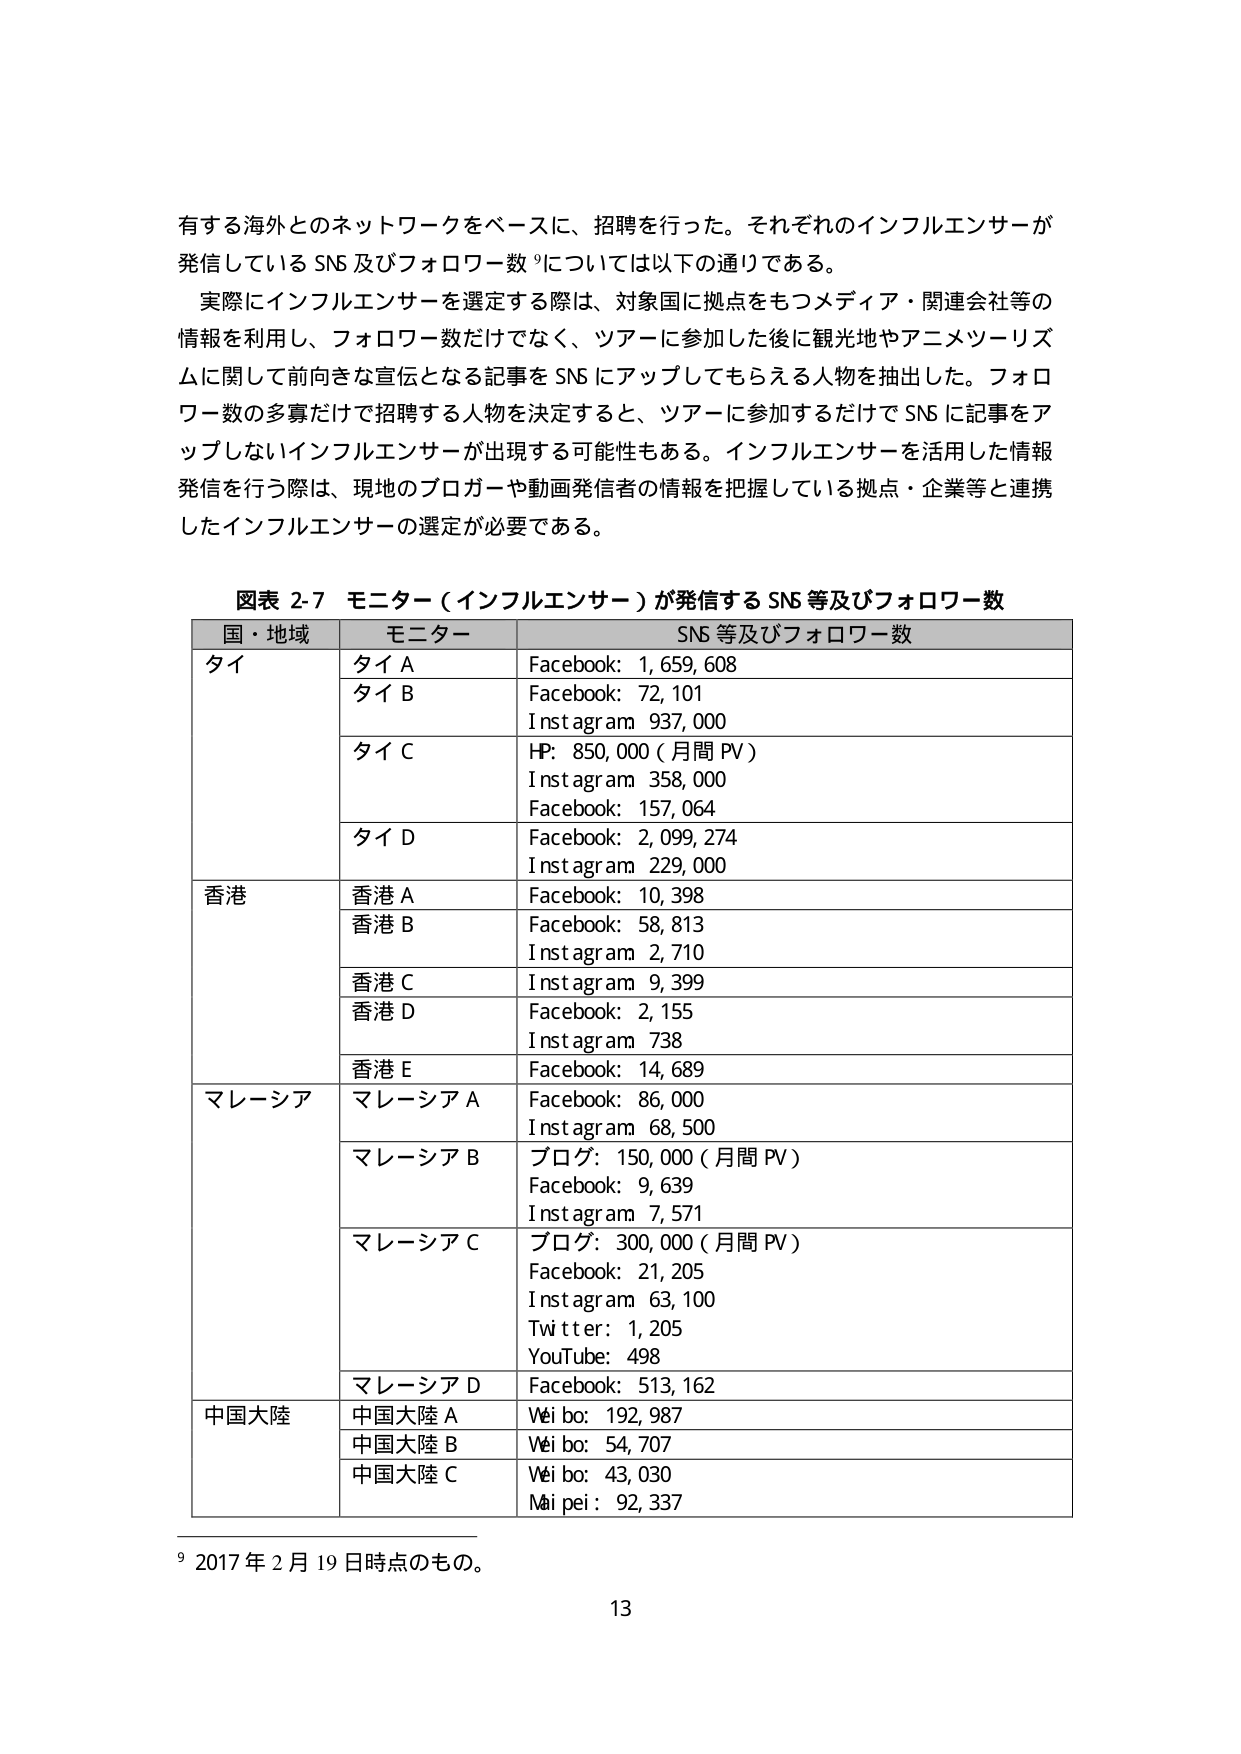
有する海外とのネットワークをベースに、招聘を行った。それぞれのインフルエンサーが発信しているSNS及びフォロワー数⁹については以下の通りである。

実際にインフルエンサーを選定する際は、対象国に拠点をもつメディア・関連会社等の情報を活用し、フォロワー数だけでなく、ツアーに参加した後に観光地やアニメツーリズムに関して前向きな宣伝となる記事をSNSにアップしてもらえる人物を抽出した。フォロワー数の多寡だけで招聘する人物を決定すると、ツアーに参加するだけでSNSに記事をアップしないインフルエンサーが出現する可能性もある。インフルエンサーを活用した情報発信を行う際は、現地のブロガーや動画発信者の情報を把握している拠点・企業等と連携したインフルエンサーの選定が必要である。

図表 2-7 モニター（インフルエンサー）が発信するSNS等及びフォロワー数

国・地域　　モニター　　　　　SNS等及びフォロワー数
タイ　　　　タイA　　　　　　Facebook: 1,659,608
　　　　　　タイB　　　　　　Facebook: 72,101
　　　　　　　　　　　　　　Instagram 937,000
　　　　　　タイC　　　　　　HP: 850,000（月間PV）
　　　　　　　　　　　　　　Instagram 358,000
　　　　　　　　　　　　　　Facebook: 157,064
　　　　　　タイD　　　　　　Facebook: 2,099,274
　　　　　　　　　　　　　　Instagram 229,000
香港　　　　香港A　　　　　　Facebook: 10,398
　　　　　　香港B　　　　　　Facebook: 58,813
　　　　　　　　　　　　　　Instagram 2,710
　　　　　　香港C　　　　　　Instagram 9,399
　　　　　　香港D　　　　　　Facebook: 2,155
　　　　　　　　　　　　　　Instagram 738
　　　　　　香港E　　　　　　Facebook: 14,689
マレーシア　マレーシアA　　　Facebook: 86,000
　　　　　　　　　　　　　　Instagram 68,500
　　　　　　マレーシアB　　　ブログ: 150,000（月間PV）
　　　　　　　　　　　　　　Facebook: 9,639
　　　　　　　　　　　　　　Instagram 7,571
　　　　　　マレーシアC　　　ブログ: 300,000（月間PV）
　　　　　　　　　　　　　　Facebook: 21,205
　　　　　　　　　　　　　　Instagram 63,100
　　　　　　　　　　　　　　Twitter: 1,205
　　　　　　　　　　　　　　YouTube: 498
　　　　　　マレーシアD　　　Facebook: 513,162
中国大陸　　中国大陸A　　　　Weibo: 192,987
　　　　　　中国大陸B　　　　Weibo: 54,707
　　　　　　中国大陸C　　　　Weibo: 43,030
　　　　　　　　　　　　　　Maipei: 92,337

⁹ 2017年2月19日時点のもの。

13